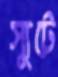
স্যুটে